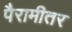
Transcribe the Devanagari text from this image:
पैरामीतर